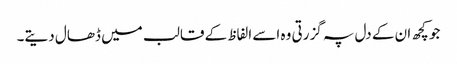
جو کچھ ان کے دل پہ گزرتی وہ اسے الفاظ کے قالب میں ڈھال دیتے۔